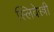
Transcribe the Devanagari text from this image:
स्लिवेस्त्री